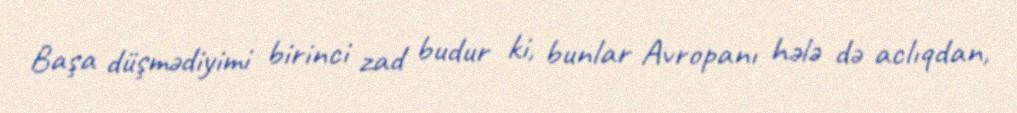
Başa düşmədiyimi birinci zad budur ki, bunlar Avropanı hələ də aclıqdan,